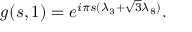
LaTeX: g ( s , 1 ) = e ^ { i { \pi } s ( { \lambda } _ { 3 } + { \sqrt { 3 } } { \lambda } _ { 8 } ) } .